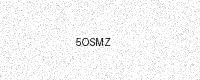
Text: 5OSMZ